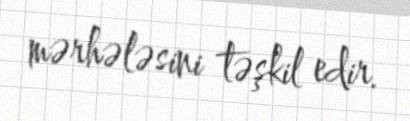
mərhələsini təşkil edir.